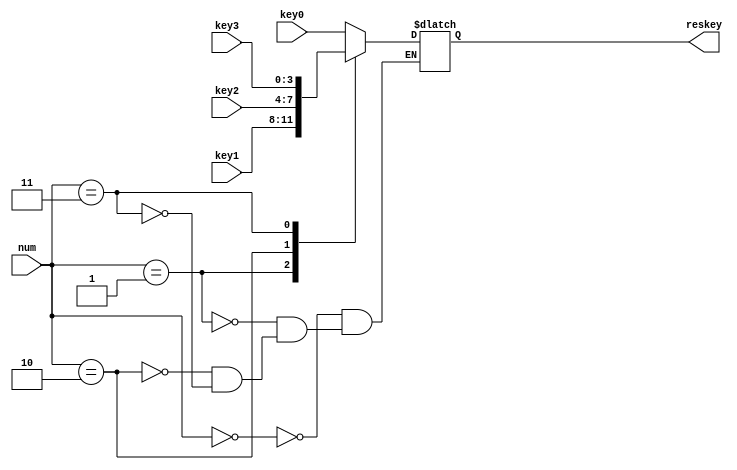
module select4_1(input [3:0] key0,
					  input [3:0] key1,
					  input [3:0] key2,
					  input [3:0] key3,
					  input [2:0] num,
					  output reg [3:0] reskey);

always@(num)
begin 
	case(num)
	3'b000:
		reskey = key0;
	3'b001:
		reskey = key1;
	3'b010:
		reskey = key2;
	3'b011:
		reskey = key3;
	default:
		reskey = reskey;
	endcase
end

endmodule